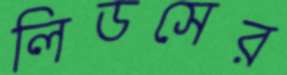
লিডসের